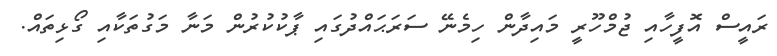
ރައީސް އޮފީހާއި ޖުމްހޫރީ މައިދާން ހިމެނޭ ސަރަޙައްދުގައި ޕާކުކުރުން މަނާ މަގުތަކާއި ގޯޅިތައް.